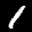
Digit: 1